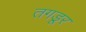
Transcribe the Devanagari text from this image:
तगडूर